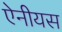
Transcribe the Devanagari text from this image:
ऐनीयस